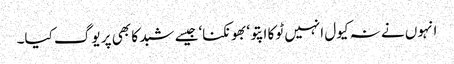
انہوں نے نہ کیول انہیں ٹوکا اپتو‘بھونکنا‘جیسے شبد کا بھی پر یوگ کیا۔